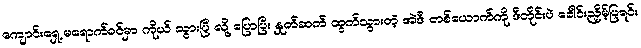
ကျောင်းရှေ့ မရောက်ခင်မှာ ကိုယ် သွားပြီ လို့ ပြောပြီး နှုတ်ဆက် ထွက်သွားတဲ့ အဲဒီ တစ်ယောက်ကို ဒီတိုင်းပဲ ခေါင်းညှိမ့်ပြရင်း